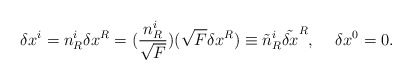
\begin{align*}\delta x^i=n^i_R\delta x^R=(\frac{n^i_R}{\sqrt{F}})(\sqrt{F}\delta x^R)\equiv\tilde{n}^i_R\tilde{\delta x}^R,\hspace*{5mm}\delta x^0=0.\end{align*}